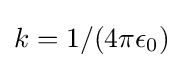
k=1/(4\pi \epsilon _{0})